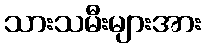
သားသမီးများအား